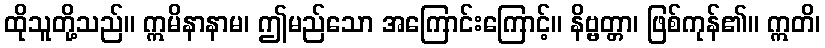
ထိုသူတို့သည်။ ဣမိနာနာမ၊ ဤမည်သော အကြောင်းကြောင့်။ နိဗ္ဗတ္တာ၊ ဖြစ်ကုန်၏။ ဣတိ၊